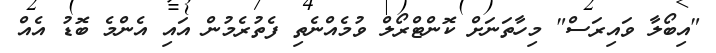
"އިބޯލާ ވައިރަސް" މިހާތަނަށް ކޮންޓްރޯލް ވުމެއްނެތި ފެތުރެމުން އައި އެންމެ ބޮޑު އެއް